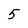
Character: 5